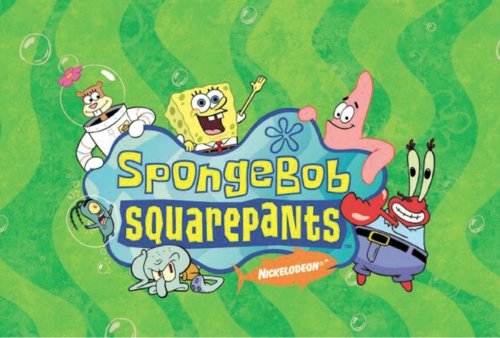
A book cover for Spongebob Squarepants Deep Sea Duel Starter Deck; Upper Deck; Science Fiction & Fantasy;